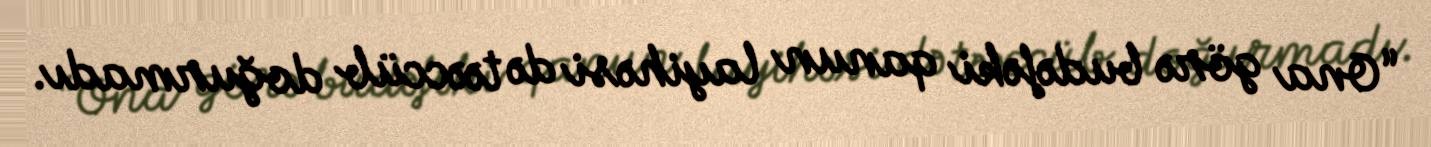
“Ona görə budəfəki qanun layihəsi də təəccüb doğurmadı.